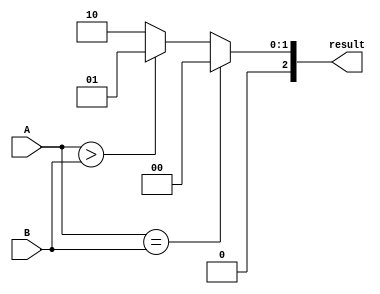
module comparator (
    input [15:0] A,
    input [15:0] B,
    output reg [2:0] result
);

always @(*) begin
    if (A == B)
        result = 3'b000;
    else if (A > B)
        result = 3'b001;
    else
        result = 3'b010;
end

endmodule